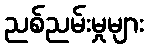
ညစ်ညမ်းမှုများ